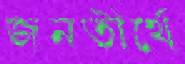
জনতীর্থে